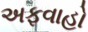
અફવાહો